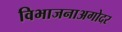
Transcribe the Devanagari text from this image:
विभाजनाअगोदर